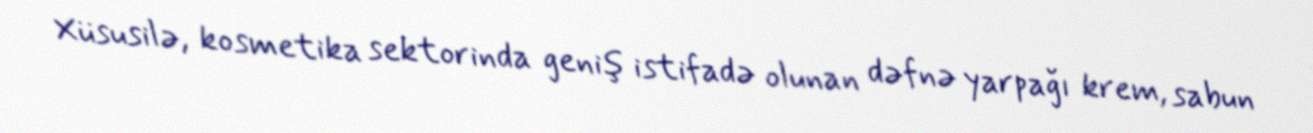
Xüsusilə, kosmetika sektorinda geniş istifadə olunan dəfnə yarpağı krem, sabun